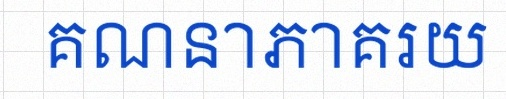
គណនាភាគរយ